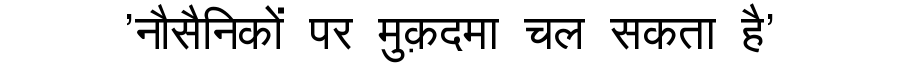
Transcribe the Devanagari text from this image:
'नौसैनिकों पर मुक़दमा चल सकता है'